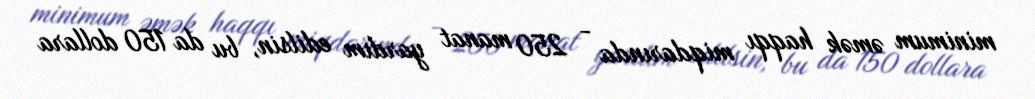
minimum əmək haqqı miqdarında - 250 manat yardım edilsin, bu da 150 dollara